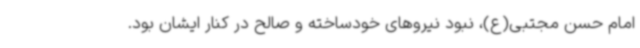
امام حسن مجتبی(ع)، نبود نیروهای خودساخته و صالح در کنار ایشان بود.